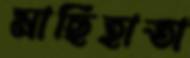
মাছিহাতা